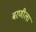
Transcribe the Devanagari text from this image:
बरणीला